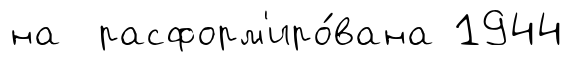
на расформ'иро́вана 1944